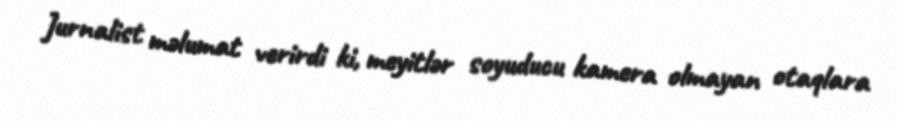
Jurnalist məlumat verirdi ki, meyitlər soyuducu kamera olmayan otaqlara